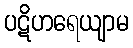
ပဋိဟရေယျာမ